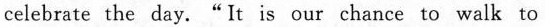
celebrate the day. "It is our chance to walk to